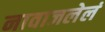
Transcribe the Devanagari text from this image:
नावाजलेलं